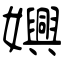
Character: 嬹